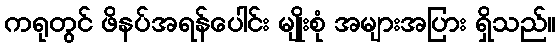
ကရုတွင် ဖိနပ်အရန်ပေါင်း မျိုးစုံ အများအပြား ရှိသည်။